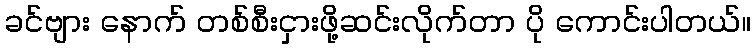
ခင်ဗျား နောက် တစ်စီးငှားဖို့ဆင်းလိုက်တာ ပို ကောင်းပါတယ်။